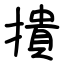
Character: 撌